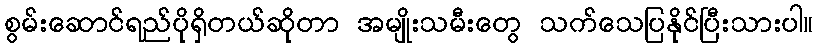
စွမ်းဆောင်ရည်ပိုရှိတယ်ဆိုတာ အမျိုးသမီးတွေ သက်သေပြနိုင်ပြီးသားပါ။